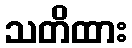
သတိထား